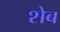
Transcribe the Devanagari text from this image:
शेब